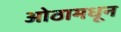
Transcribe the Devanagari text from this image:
ओठामधून